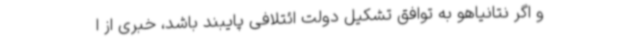
و اگر نتانیاهو به توافق تشکیل دولت ائتلافی پایبند باشد، خبری از ا